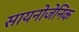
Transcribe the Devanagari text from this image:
सायनोजेनिक